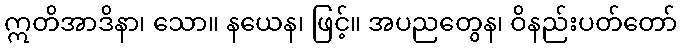
ဣတိအာဒိနာ၊ သော။ နယေန၊ ဖြင့်။ အပညတွေန၊ ဝိနည်းပတ်တော်